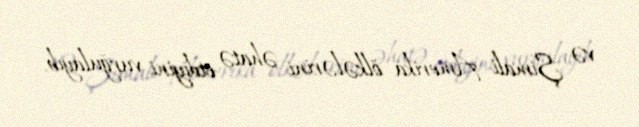
və Şimali Amerika ölkələrini əhatə etdiyini vurğulayıb.